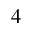
4